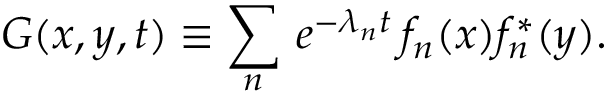
G ( x , y , t ) \equiv \sum _ { n } \, e ^ { - \lambda _ { n } t } \, f _ { n } ( x ) f _ { n } ^ { * } ( y ) .